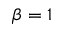
\beta = 1